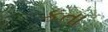
કતા